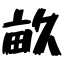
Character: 畝